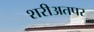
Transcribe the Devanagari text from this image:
शरीअतपर